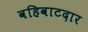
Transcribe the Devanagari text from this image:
वहिवाटदार